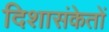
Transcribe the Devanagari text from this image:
दिशासंकेतों